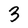
Character: 3